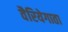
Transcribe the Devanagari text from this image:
वैरियेगाता